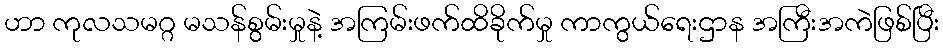
ဟာ ကုလသမဂ္ဂ မသန်စွမ်းမှုနဲ့ အကြမ်းဖက်ထိခိုက်မှု ကာကွယ်ရေးဌာန အကြီးအကဲဖြစ်ပြီး